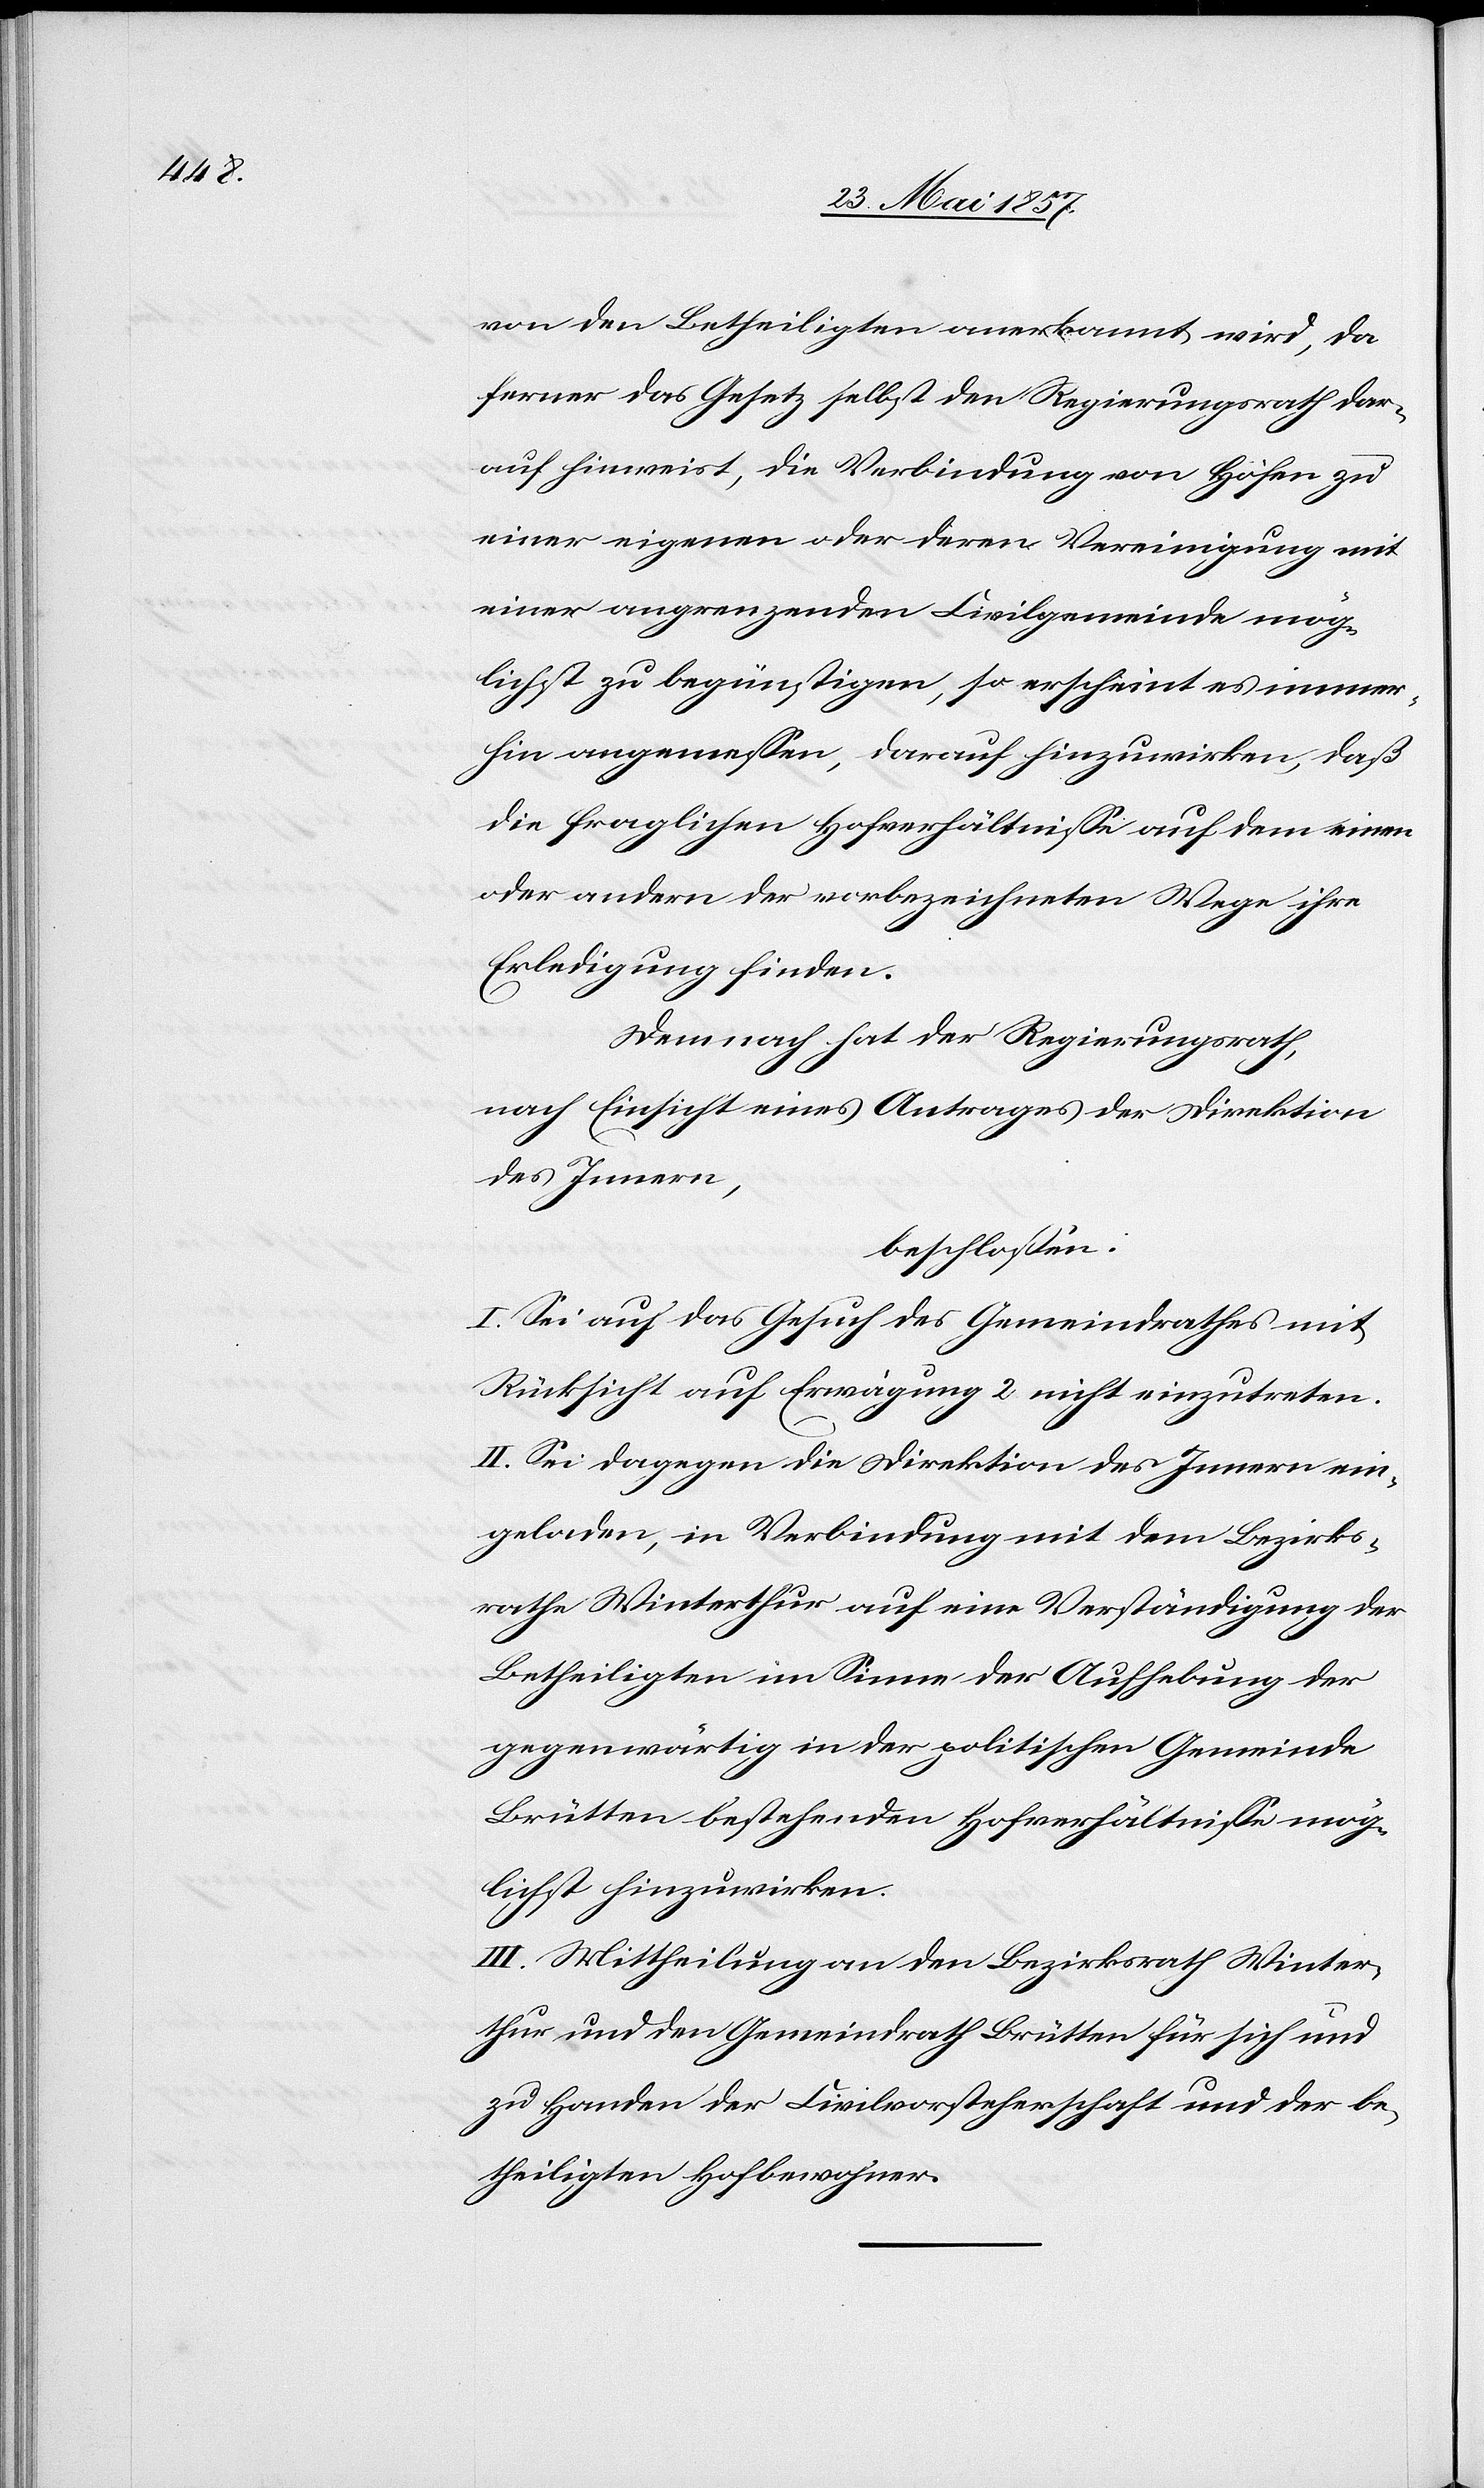
von den Betheiligten anerkannt wird, da
ferner das Gesetz selbst den Regierungsrath dar¬
auf hinweist, die Verbindung von Höfen zu
einer eigenen oder deren Vereinigung mit
einer angrenzenden Civilgemeinde mög¬
lichst zu begünstigen, so erscheint es immer¬
hin angemessen, darauf hinzuwirken, daß
die fraglichen Hofverhältnisse auf dem einen
oder andern der vorbezeichneten Wege ihre
Erledigung finden.
Demnach hat der Regierungsrath,
nach Einsicht eines Antrages der Direktion
des Innern,
beschlossen:
I. Sei auf das Gesuch des Gemeindrathes mit
Rücksicht auf Erwägung 2 nicht einzutreten.
II. Sei dagegen die Direktion des Innern ein¬
geladen, in Verbindung mit dem Bezirks¬
rathe Winterthur auf eine Verständigung der
Betheiligten im Sinne der Aufhebung der
gegenwärtig in der politischen Gemeinde
Brütten bestehenden Hofverhältnisse mög¬
lichst hinzuwirken.
III. Mittheilung an den Bezirksrath Winter¬
thur und den Gemeindrath Brütten für sich und
zu Handen der Civilvorsteherschaft und der be¬
theiligten Hofbewohner.